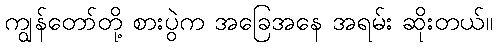
ကျွန်တော်တို့ စားပွဲက အခြေအနေ အရမ်း ဆိုးတယ်။